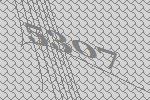
5307